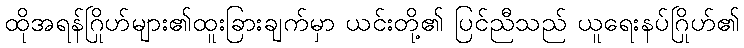
ထိုအရန်ဂြိုဟ်များ၏ထူးခြားချက်မှာ ယင်းတို့၏ ပြင်ညီသည် ယူရေးနပ်ဂြိုဟ်၏